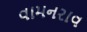
વામનરાવ